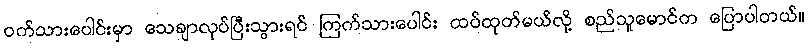
ဝက်သားပေါင်းမှာ သေချာလုပ်ပြီးသွားရင် ကြက်သားပေါင်း ထပ်ထုတ်မယ်လို့ စည်သူမောင်က ပြောပါတယ်။